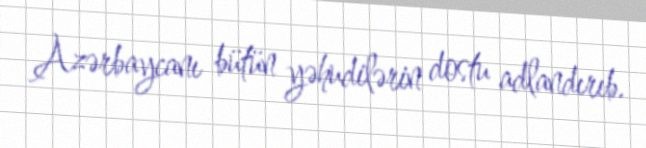
Azərbaycanı bütün yəhudilərin dostu adlandırıb.